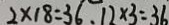
2 \times 1 8 = 3 6 . 1 2 \times 3 = 3 6